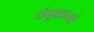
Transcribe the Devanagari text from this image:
चंपूकाव्यों